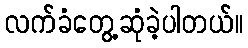
လက်ခံတွေ့ဆုံခဲ့ပါတယ်။